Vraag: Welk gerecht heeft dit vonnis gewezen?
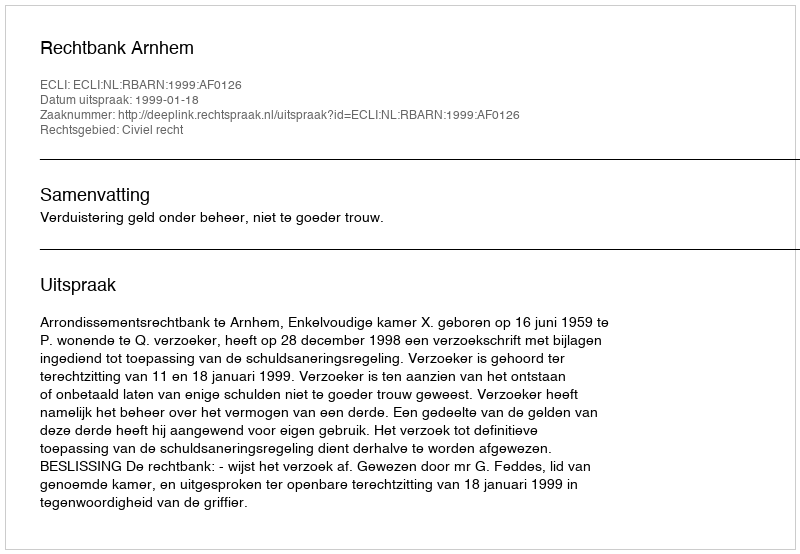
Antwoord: Rechtbank Arnhem